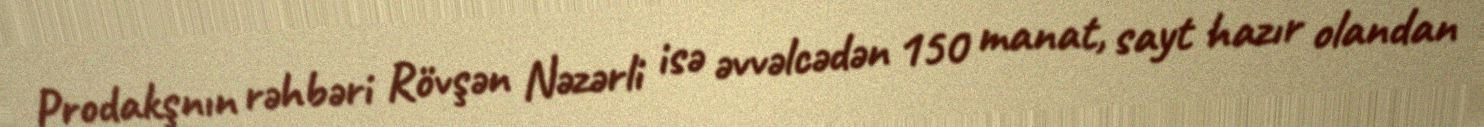
Prodakşnın rəhbəri Rövşən Nəzərli isə əvvəlcədən 150 manat, sayt hazır olandan